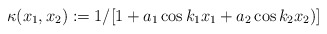
\begin{align*}\kappa(x_1,x_2):=1/[1+a_1\cos k_1x_1+a_2\cos k_2x_2)]\end{align*}